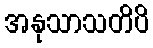
အနုသာသတိပိ